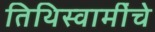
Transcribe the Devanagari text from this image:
तिथिस्वामींचे